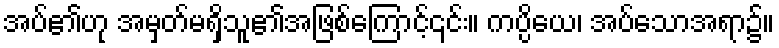
အပ်၏ဟု အမှတ်မရှိသူ၏အဖြစ်ကြောင့်၎င်း။ ကပ္ပိယေ၊ အပ်သောအရာ၌။